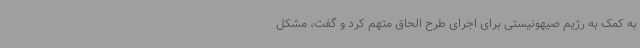
به کمک به رژیم صیهونیستی برای اجرای طرح الحاق متهم کرد و گفت، مشکل